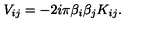
V _ { i j } = - 2 i \pi \beta _ { i } \beta _ { j } K _ { i j } .